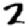
Digit: 2